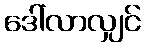
ဒေါ်လာလျှင်